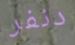
دنفر